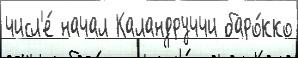
числ'е́ начал Каландруччи баро́кко